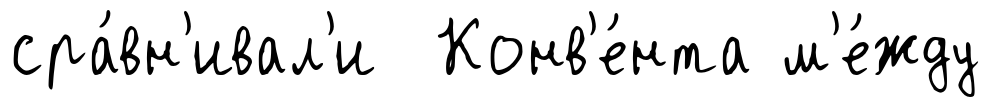
сра́вн'ивал'и Конв'е́нта м'е́жду